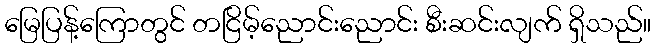
မြေပြန့်ကြောတွင် တငြိမ့်ညောင်းညောင်း စီးဆင်းလျက် ရှိသည်။